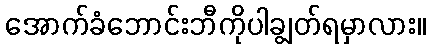
အောက်ခံဘောင်းဘီကိုပါချွတ်ရမှာလား။